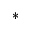
*